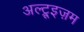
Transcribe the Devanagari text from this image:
अल्ट्रूइज़म